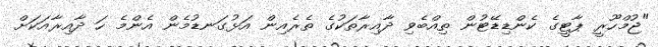
"ޖުމްހޫރީ ޕާޓީގެ ކެންޑިޑޭޓުން ތިއްބެވި ދާއިރާތަކުގެ ތެރެއިން އަޅުގަނޑުމެން އެންމެ ހަ ދާއިރާއަކަށް